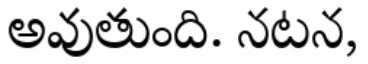
అవుతుంది. నటన,